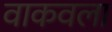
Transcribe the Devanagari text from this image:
वाकवला